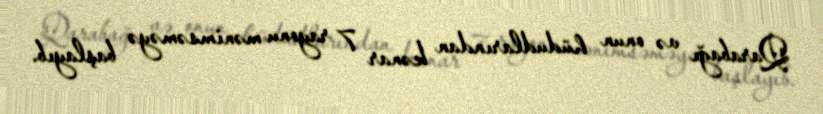
Qarabağı və onun hüdudlarından kənar 7 rayonu mənimsəməyə başlayıb.